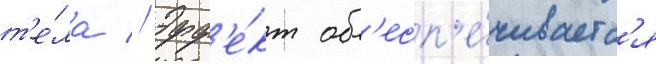
т'е́ла // Эфф'е́кт об'есп'е́чиваетс'я